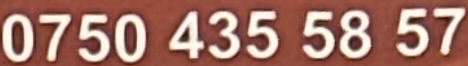
0750 435 58 57